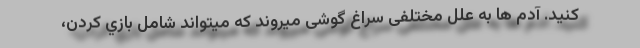
کنید. آدم ها به علل مختلفی سراغ گوشی میروند که میتواند شامل بازي کردن،